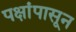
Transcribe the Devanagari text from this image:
पक्षांपासून